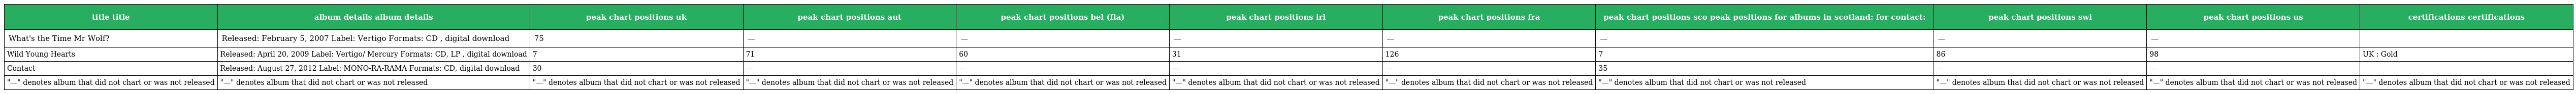
| title title | album details album details | peak chart positions uk | peak chart positions aut | peak chart positions bel (fla) | peak chart positions irl | peak chart positions fra | peak chart positions sco peak positions for albums in scotland: for contact: | peak chart positions swi | peak chart positions us | certifications certifications |
 | --- | --- | --- | --- | --- | --- | --- | --- | --- | --- | --- |
 | What's the Time Mr Wolf? | Released: February 5, 2007 Label: Vertigo Formats: CD , digital download | 75 | — | — | — | — | — | — | — |  |
 | Wild Young Hearts | Released: April 20, 2009 Label: Vertigo/ Mercury Formats: CD, LP , digital download | 7 | 71 | 60 | 31 | 126 | 7 | 86 | 98 | UK : Gold |
 | Contact | Released: August 27, 2012 Label: MONO-RA-RAMA Formats: CD, digital download | 30 | — | — | — | — | 35 | — | — |  |
 | "—" denotes album that did not chart or was not released | "—" denotes album that did not chart or was not released | "—" denotes album that did not chart or was not released | "—" denotes album that did not chart or was not released | "—" denotes album that did not chart or was not released | "—" denotes album that did not chart or was not released | "—" denotes album that did not chart or was not released | "—" denotes album that did not chart or was not released | "—" denotes album that did not chart or was not released | "—" denotes album that did not chart or was not released | "—" denotes album that did not chart or was not released |